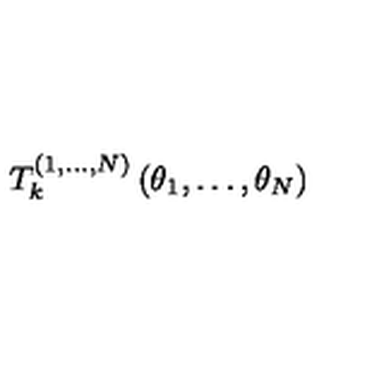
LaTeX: T _ { k } ^ { ( 1 , \dots , N ) } \left( \theta _ { 1 } , \dots , \theta _ { N } \right)